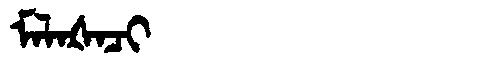
Manchu: ᠮᠠᠯᠠᡧᠠᠴᡳ
Romanization: MALAŠACI